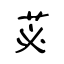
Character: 苾